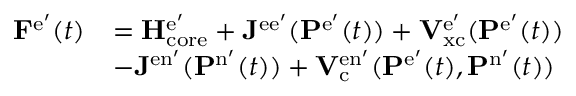
\begin{array} { r l } { \mathbf { F } ^ { \mathrm { e } ^ { \prime } } ( t ) } & { = \mathbf { H } _ { \mathrm { c o r e } } ^ { \mathrm { e } ^ { \prime } } + \mathbf { J } ^ { \mathrm { e e } ^ { \prime } } ( \mathbf { P } ^ { \mathrm { e } ^ { \prime } } ( t ) ) + \mathbf { V } _ { \mathrm { x c } } ^ { \mathrm { e } ^ { \prime } } ( \mathbf { P } ^ { \mathrm { e } ^ { \prime } } ( t ) ) } \\ & { - \mathbf { J } ^ { \mathrm { e n } ^ { \prime } } ( \mathbf { P } ^ { \mathrm { n } ^ { \prime } } ( t ) ) + \mathbf { V } _ { \mathrm { c } } ^ { \mathrm { e n } ^ { \prime } } ( \mathbf { P } ^ { \mathrm { e } ^ { \prime } } ( t ) , \mathbf { P } ^ { \mathrm { n } ^ { \prime } } ( t ) ) } \end{array}